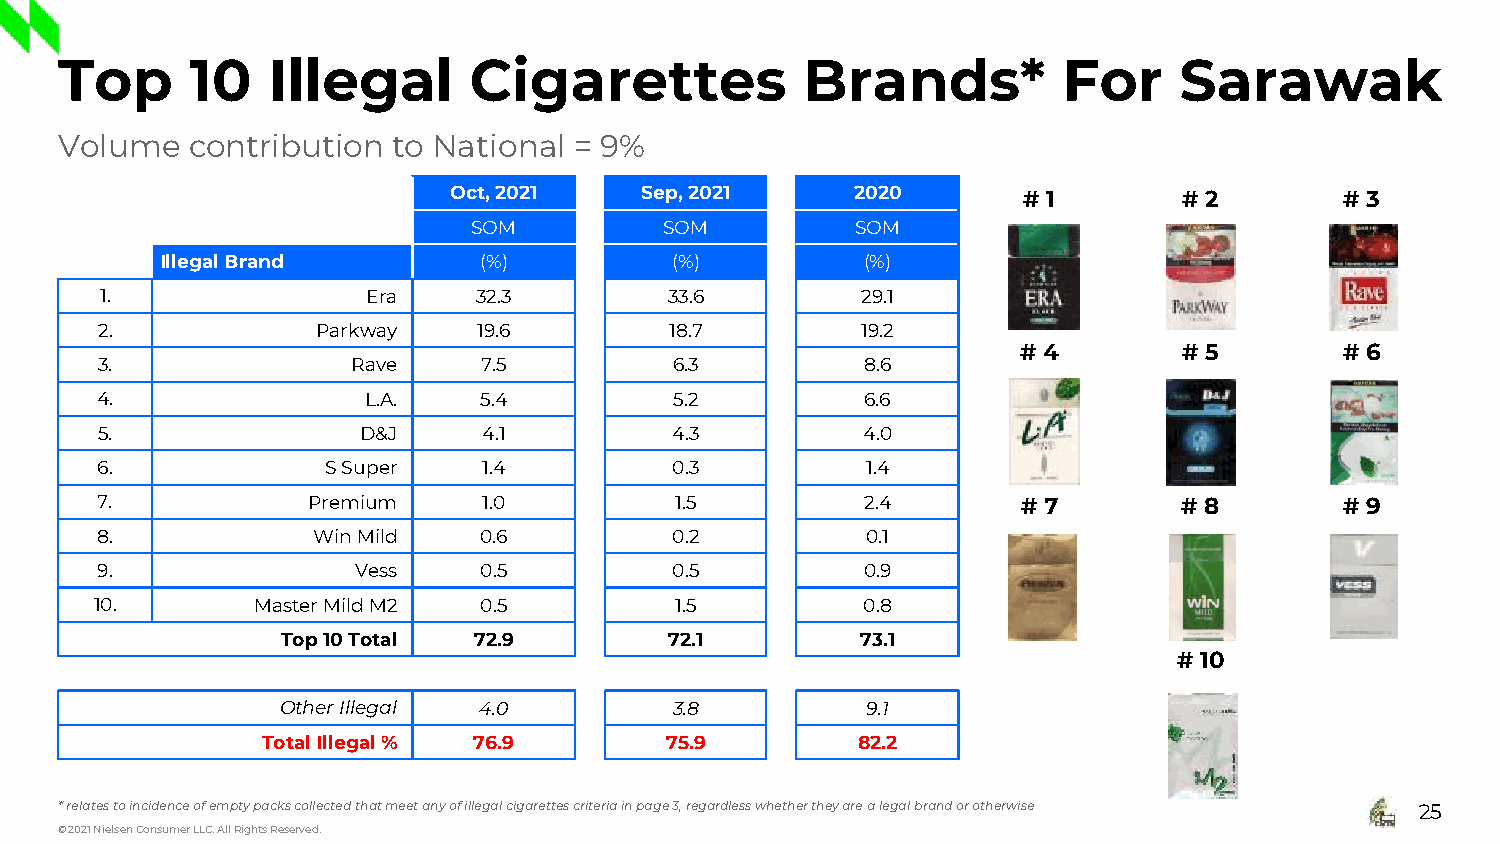
Top      10   Illegal      Cigarettes            Brands*          For     Sarawak
 Volume   contribution to National = 9%
 Oct, 2021   Sep, 2021      2020       # 1       # 2        # 3
 SOM          SOM          SOM
 Illegal Brand        (%)         (%)          (%)
 1.               Era     32.3        33.6         29.1
 2.             Parkway    19.6        18.7         19.2
 # 4       # 5        # 6
 3.               Rave     7.5          6.3         8.6
 4.                L.A.    5.4          5.2         6.6
 5.                D&J     4.1          4.3         4.0
 6.              S Super   1.4          0.3         1.4
 7.            Premium     1.0          1.5         2.4        # 7       # 8        # 9
 8.             Win Mild   0.6         0.2          0.1
 9.               Vess     0.5          0.5         0.9
 10.        Master Mild M2 0.5          1.5         0.8
 Top 10Total 72.9         72.1         73.1
 # 10
 Other Illegal 4.0         3.8         9.1
 Total Illegal% 76.9        75.9         82.2
 * relates to incidence of empty packs collected that meet any of illegal cigarettes criteria in page 3, regardless whether they are a legal brand or otherwise 25
 © 2021 Nielsen Consumer LLC. All Rights Reserved.